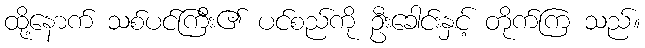
ထို့နောက် သစ်ပင်ကြီး၏ ပင်စည်ကို ဦးခေါင်းနှင့် တိုက်ကြ သည်။